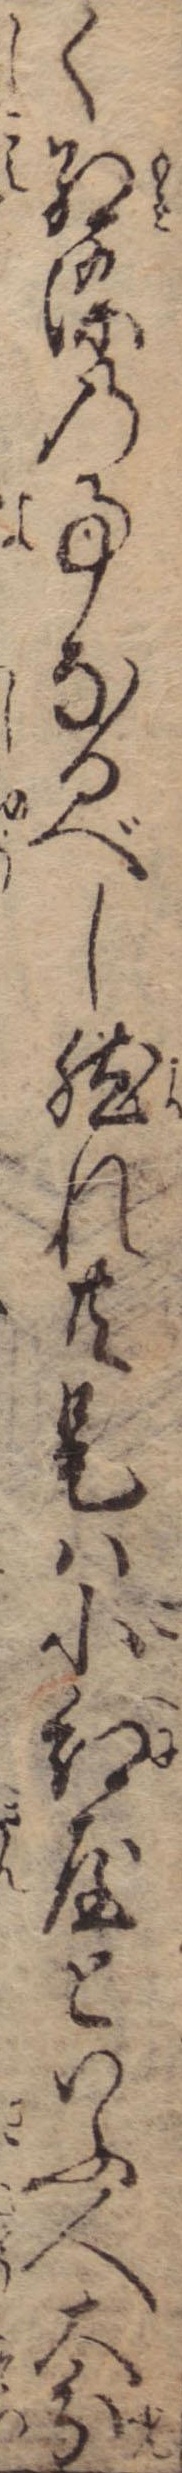
く紅染の事なるべし然れ共是は小紅屋といふ人大分